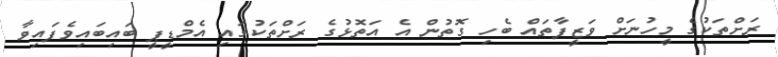
ރަށްތަކުގެ މީހުނަށް ވަޒީފާތައް ބެހި ގޮތުން އެ އަތޮޅުގެ ރަށްތަކުގައި އެމްޑީޕީ ބައިބައިވެފައިވާ